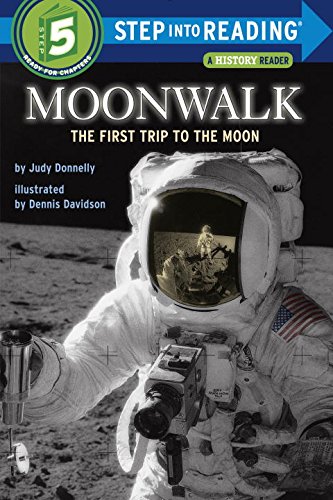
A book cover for Moonwalk: The First Trip to the Moon (Step-Into-Reading, Step 5); Judy Donnelly; Science & Math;